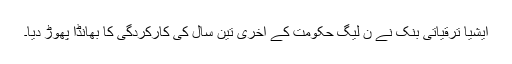
ایشیا ترقیاتی بنک نے ن لیگ حکومت کے آخری تین سال کی کارکردگی کا بھانڈا پھوڑ دیا۔